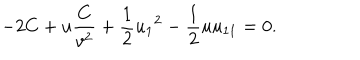
LaTeX: - 2 C + u \frac { C } { v ^ { 2 } } + \frac { 1 } { 2 } { u _ { 1 } } ^ { 2 } - \frac { 1 } { 2 } u u _ { 1 1 } = 0 .